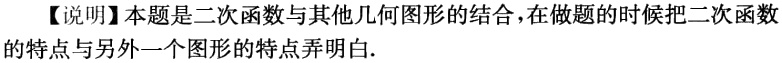
【说明】本题是二次函数与其他几何图形的结合，在做题的时候把二次函数的特点与另外一个图形的特点弄明白.